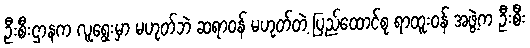
ဦးစီးဌာနက လူရွေးမှာ မဟုတ်ဘဲ ဆရာဝန် မဟုတ်တဲ့ ပြည်ထောင်စု ရာထူးဝန် အဖွဲ့က ဦးစီး